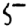
Digit: 5